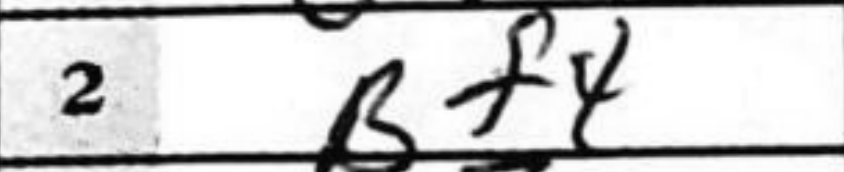
Transcription: Bf4